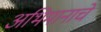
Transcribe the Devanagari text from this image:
अभिमानाचे